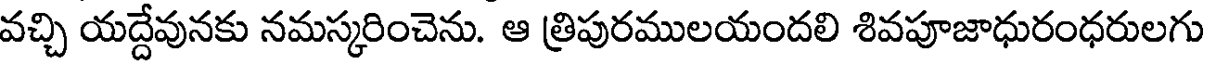
వచ్చి యద్దేవునకు నమస్కరించెను. ఆ త్రిపురములయందలి శివపూజాధురంధరులగు